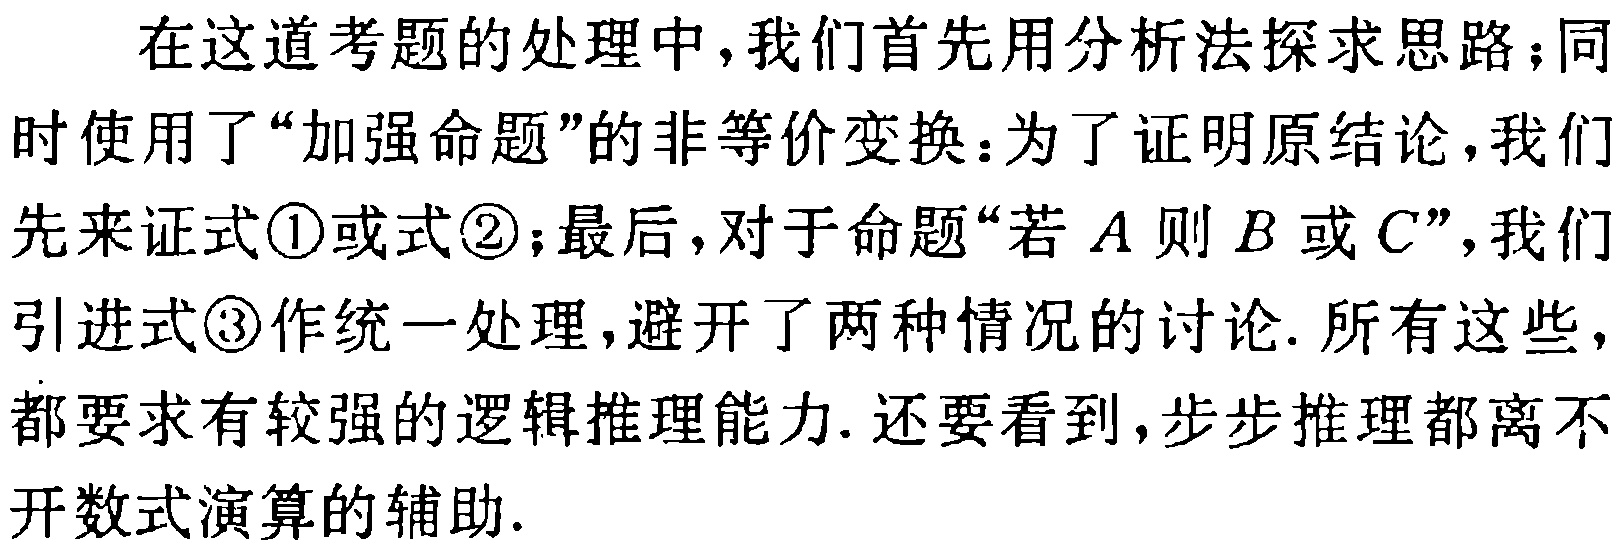
在这道考题的处理中，我们首先用分析法探求思路；同时使用了“加强命题”的非等价变换：为了证明原结论，我们先来证式\textcircled{1}或式\textcircled{2}；最后，对于命题“若\(A\)则\(B\)或\(C\)”，我们引进式\textcircled{3}作统一处理，避开了两种情况的讨论. 所有这些，都要求有较强的逻辑推理能力. 还要看到，步步推理都离不开数式演算的辅助.